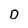
Character: D